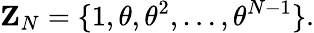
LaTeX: {\mathbf Z}_{N}=\{ 1,\theta,{\theta}^{2},\dots,{\theta}^{N-1}\} .